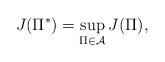
LaTeX: \begin{align*}J(\Pi^*) =\sup_{\Pi\in\mathcal{A}} J(\Pi),\end{align*}